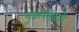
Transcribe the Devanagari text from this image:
युक्रेनऐवजी